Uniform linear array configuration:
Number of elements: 12
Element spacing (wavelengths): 0.5
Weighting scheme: binomial
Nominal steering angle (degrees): -45
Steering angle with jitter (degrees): -43.122
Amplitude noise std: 0.05
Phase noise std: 0.05

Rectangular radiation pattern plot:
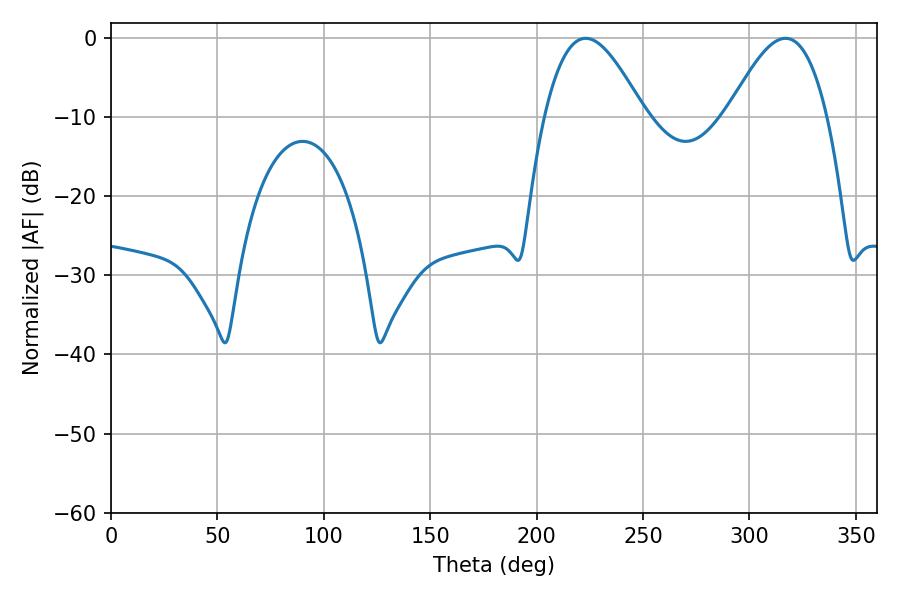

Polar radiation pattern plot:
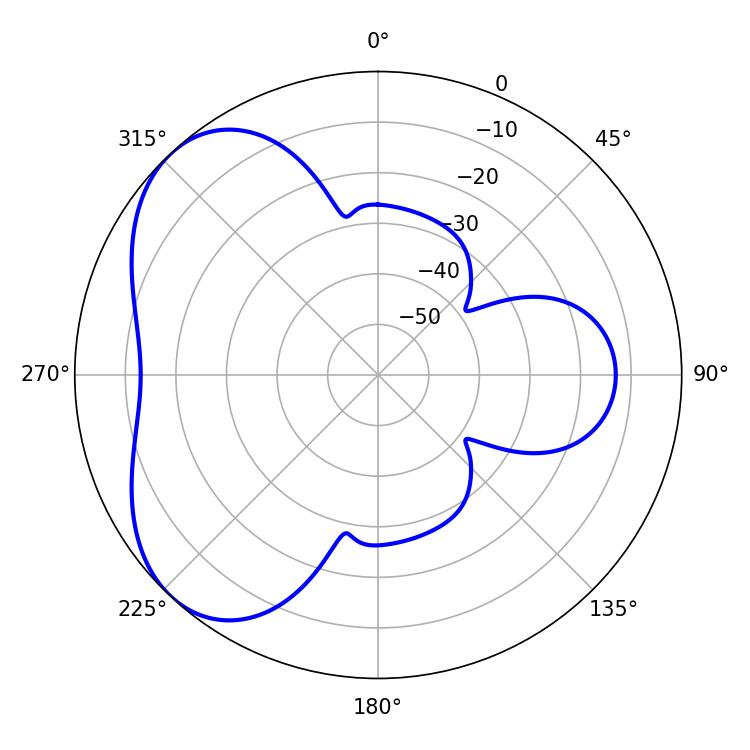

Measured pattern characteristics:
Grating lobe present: FALSE
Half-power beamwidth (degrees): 25.38
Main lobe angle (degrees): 223.02